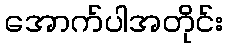
အောက်ပါအတိုင်း